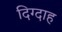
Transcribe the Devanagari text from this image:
दिग्दाह